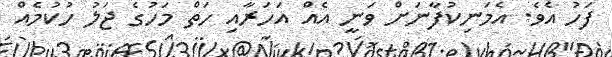
ފަހު އެވެ. އެމަނިކުފާނަށް ވަނީ އެއް އަހަރާއި ހަތް މަހުގެ ޖަލު ހުކުމެއް